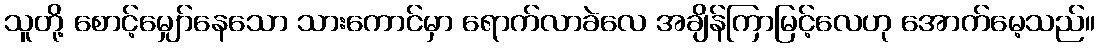
သူတို့ စောင့်မျှော်နေသော သားကောင်မှာ ရောက်လာခဲလေ အချိန်ကြာမြင့်လေဟု အောက်မေ့သည်။